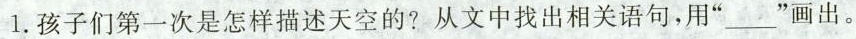
1.孩子们第一次是怎样描述天空的?从文中找出相关语句，用“___”画出。